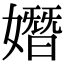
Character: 𡡖